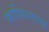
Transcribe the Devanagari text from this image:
काफिलाच